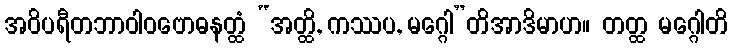
အဝိပရီတဘာဝါဝဗောဓနတ္ထံ “အတ္ထိ, ကဿပ, မဂ္ဂေါ”တိအာဒိမာဟ။ တတ္ထ မဂ္ဂေါတိ